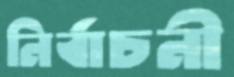
নির্বাচনী